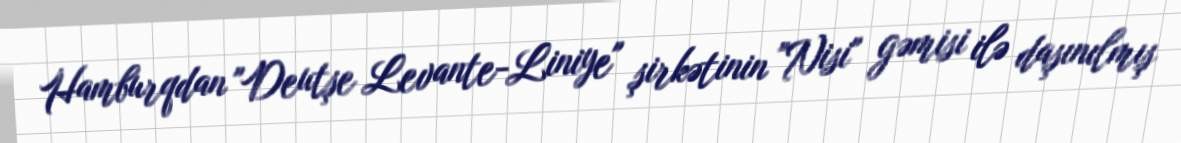
Hamburqdan "Deutşe Levante-Liniye" şirkətinin "Nisi" gəmisi ilə daşınılmış